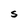
Character: S